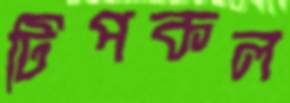
টিপকল